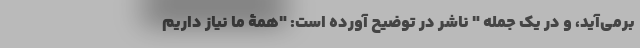
برمی‌آید، و در یک جمله " ناشر در توضیح آورده است: "همۀ ما نیاز داریم